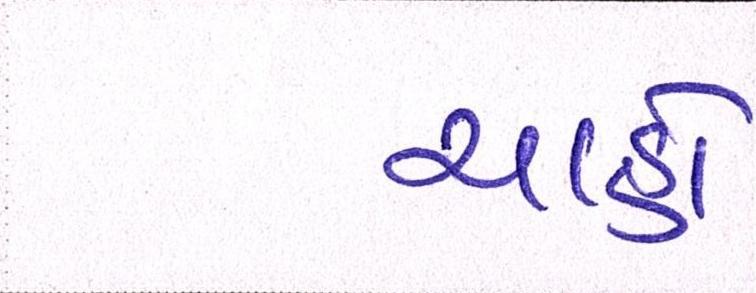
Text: ચાહો